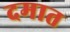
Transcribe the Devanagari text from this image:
दमात